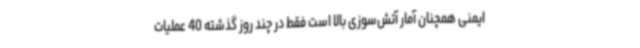
ایمنی همچنان آمار آتش‌سوزی بالا است فقط در چند روز گذشته 40 عملیات